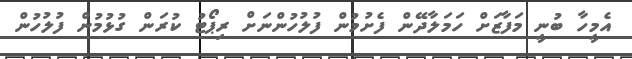
އެމީހާ ބުނީ މަފާޒަށް ހަމަލާދޭން ފެށުމުން ފުލުހުންނަށް ރިޕޯޓު ކުރަން ގުޅުމުން ފުލުހުން